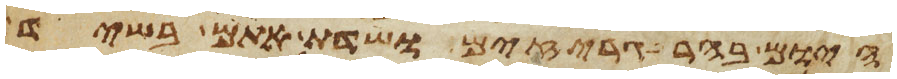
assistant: היום בהרגריזים ושדת אתם בשיד